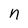
Character: n